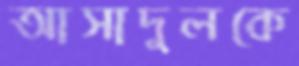
আসাদুলকে